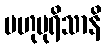
ဗဟုပုရိသာနိ